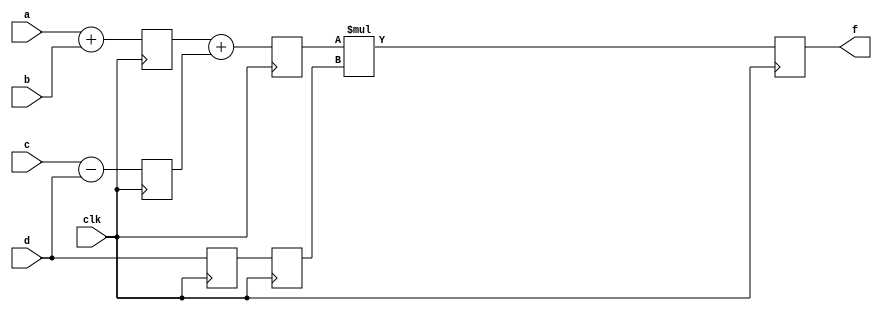
module pipe(f,a,b,c,d,clk);
parameter n=10;
input [n-1:0]a,b,c,d;
input clk;
output  [n-1:0]f;
reg[n-1:0]l12_x1,l12_x2,l12_d,l23_x3,l23_d,l34_f;


always@(posedge clk)
 begin
  l12_x1<= #4 a+b;
  l12_x2<= #4 c-d;
  l12_d<= d;
  
  l23_x3<= #4 l12_x1 + l12_x2;
  l23_d<=l12_d;
   
  l34_f<= #6 l23_x3 * l23_d;
 end
assign f=l34_f;
endmodule

module pipe_tb();
parameter n=10;
reg [n-1:0]a,b,c,d;
reg clk;
wire [n-1:0]f;
pipe dut(f,a,b,c,d,clk);
//wire [n-1:0]l12_x1,l12_x2,l12_d,l23_x3,l23_d,l34_f;
initial clk=1'b0;
always #5 clk=~clk;
initial begin
#4 a=10'd2;
b=10'd3;
c=10'd9;
d=10'd5;
end
initial begin
 $monitor($time , "F:%d",f);
 #600 $finish;
end

endmodule